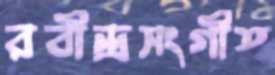
রবীন্দ্রসংগীত